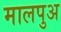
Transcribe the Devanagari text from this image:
मालपुअ